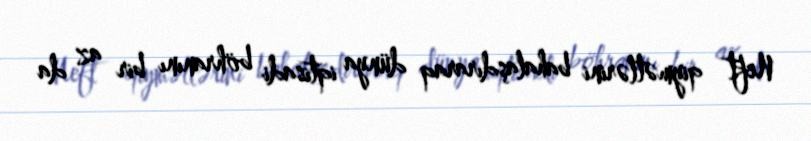
Neft qiymətlərini bahalaşdıraraq dünya iqtisadi böhranını bir az da